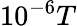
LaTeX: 10^{-6}T